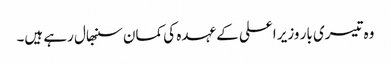
وہ تیسری بار وزیر اعلی کے عہدہ کی کمان سنبھال رہے ہیں۔